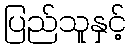
ပြည်သူနှင့်